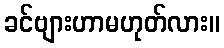
ခင်ဗျားဟာမဟုတ်လား။